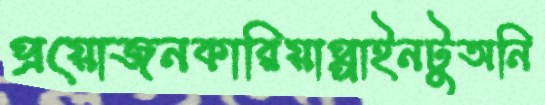
প্রয়োজনকারিয়াপ্পাইনটুঅনি